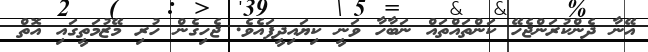
އޭނާ ދެންކުރަންޖެހޭ ކަންތައްތައް ނަބާހާ ވަނީ ކިޔައިދީފައެވެ. ޖެހިގެން ހުރި މޭޒުމަތީގައި އޮތް